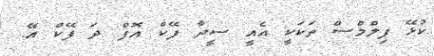
ކުޅޭ ފިލްމްސް ތަކަކީ އެއީ ސީދާ ފޭކް އޮފް ދަ ފޭކް އޭ.